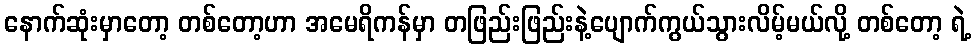
နောက်ဆုံးမှာတော့ တစ်တော့ဟာ အမေရိကန်မှာ တဖြည်းဖြည်းနဲ့ပျောက်ကွယ်သွားလိမ့်မယ်လို့ တစ်တော့ ရဲ့